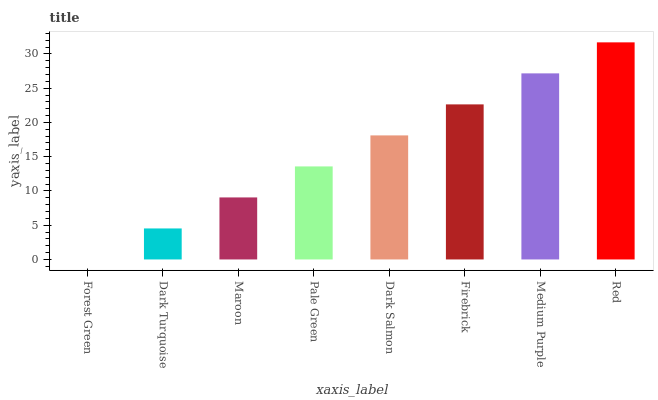
| xaxis_label | bars |
 | --- | --- |
 | Forest Green | 0 |
 | Dark Turquoise | 4.53 |
 | Maroon | 9.05 |
 | Pale Green | 13.6 |
 | Dark Salmon | 18.1 |
 | Firebrick | 22.6 |
 | Medium Purple | 27.2 |
 | Red | 31.7 |